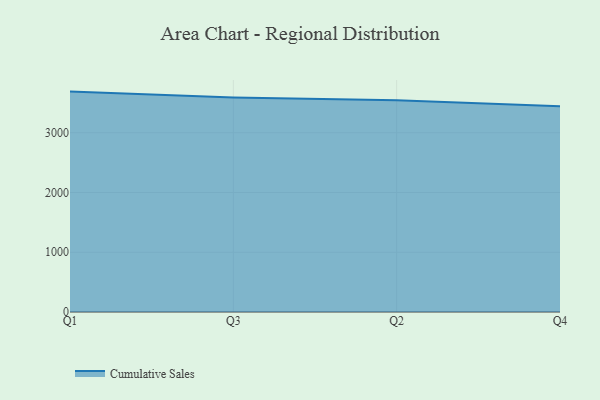
{"axis": {"x": "Quarter", "y": "Production Output"}, "legend": ["Cumulative Sales"], "data": [{"x": "Q1", "y": 3689.0, "type": "Cumulative Sales"}, {"x": "Q3", "y": 3589.7, "type": "Cumulative Sales"}, {"x": "Q2", "y": 3542.3, "type": "Cumulative Sales"}, {"x": "Q4", "y": 3442.2, "type": "Cumulative Sales"}]}